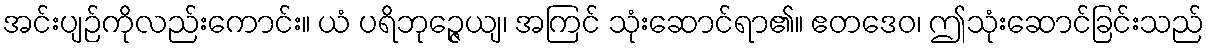
အင်းပျဉ်ကိုလည်းကောင်း။ ယံ ပရိဘုဉ္ဇေယျ၊ အကြင် သုံးဆောင်ရာ၏။ ဧတဒေဝ၊ ဤသုံးဆောင်ခြင်းသည်